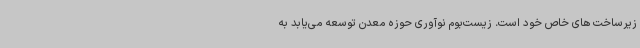
زیرساخت های خاص خود است. زیست‌بوم نوآوری حوزه معدن توسعه می‌یابد به